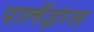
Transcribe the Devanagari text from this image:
पार्लेइंग्स